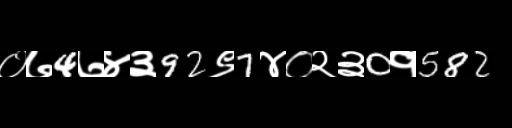
Text: ०७4७४३92९7४०२३0१582